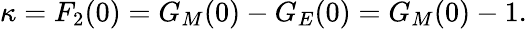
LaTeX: \kappa=F_{2}(0)=G_{M}(0)-G_{E}(0)=G_{M}(0)-1.